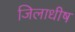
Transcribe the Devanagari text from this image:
जिलाधीष